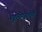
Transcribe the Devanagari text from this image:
खुलेरहतेहै।